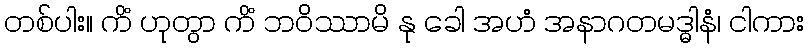
တစ်ပါး။ ကိံ ဟုတွာ ကိံ ဘဝိဿာမိ နု ခေါ အဟံ အနာဂတမဒ္ဓါနံ၊ ငါကား